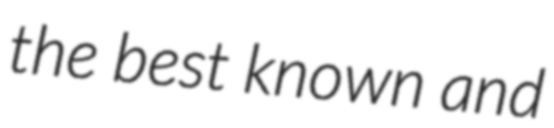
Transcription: the best known and